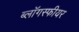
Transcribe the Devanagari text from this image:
ब्लॉगस्फीयर